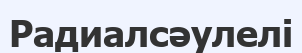
Радиалсәулелі